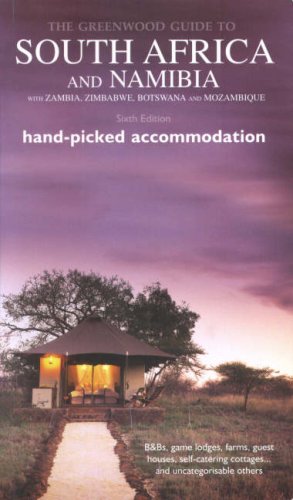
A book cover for South Africa & Namibia Greenwood Guide: With Namibia, Botswana, Zambia, Zimbabwe and Mozambique (Greenwood Guides); Simon Greenwood; Travel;